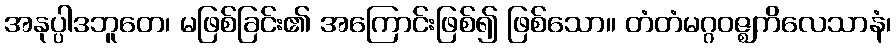
အနုပ္ပါဒဘူတေ၊ မဖြစ်ခြင်း၏ အကြောင်းဖြစ်၍ ဖြစ်သော။ တံတံမဂ္ဂဝဇ္ဈကိလေသာနံ၊